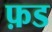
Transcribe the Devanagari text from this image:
फ़ड